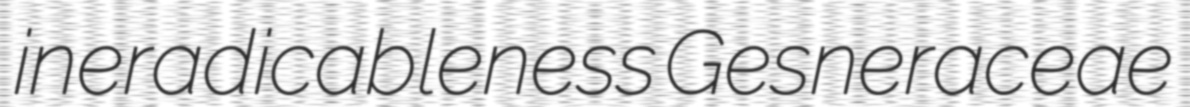
ineradicableness Gesneraceae